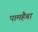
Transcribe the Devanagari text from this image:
पामहैबा